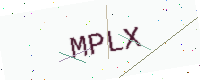
Text: MPLX